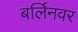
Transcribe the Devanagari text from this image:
बर्लिनवर